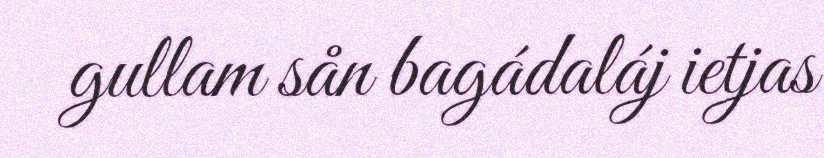
gullam sån bagádaláj ietjas